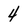
Character: 4